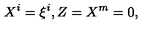
X ^ { i } = \xi ^ { i } , Z = X ^ { m } = 0 ,